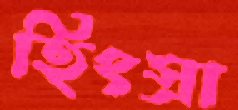
হিংস্রা